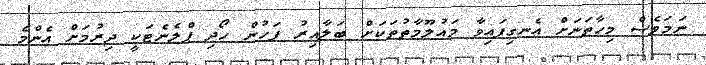
ނަމަވެސް މިހާތަނަށް އެނގިފައިވާ މައުލޫމާތުތަކަށް ބަލާއިރު ފަހުން ހޯދި ޕްލެނެޓަކީ ދިރުމަށް އެންމެ